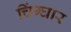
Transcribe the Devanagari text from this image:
चिंग्घार